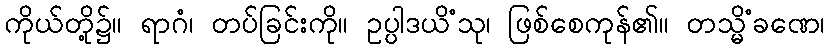
ကိုယ်တို့၌။ ရာဂံ၊ တပ်ခြင်းကို။ ဥပ္ပါဒယိံသု၊ ဖြစ်စေကုန်၏။ တသ္မိံခဏေ၊